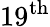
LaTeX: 19^{\textrm{th}}